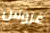
غروس